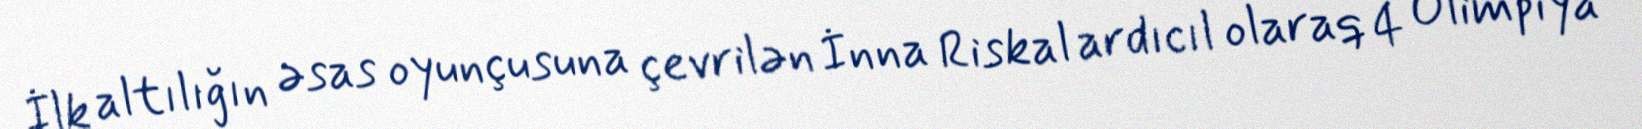
İlk altılığın əsas oyunçusuna çevrilən İnna Riskal ardıcıl olaraq 4 Olimpiya